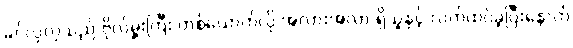
ခင်လှလှသည် ဗိုလ်မှူးကြီး တစ်ယောက်လို အလားအလာ ရှိသူနှင့် လက်ထပ်ခဲ့ပြီးနောက်